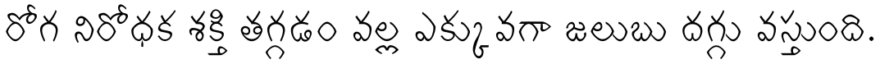
రోగ నిరోధక శక్తి తగ్గడం వల్ల ఎక్కువగా జలుబు దగ్గు వస్తుంది.